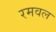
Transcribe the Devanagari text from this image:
रमवल